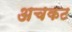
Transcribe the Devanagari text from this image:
अचकट